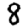
Digit: 8